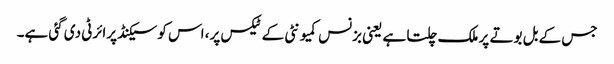
جس کے بل بوتے پر ملک چلتا ہے یعنی بزنس کمیونٹی کے ٹیکس پر، اس کو سیکنڈ پرائرٹی دی گئی ہے۔